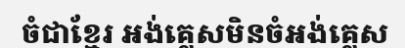
ចំជាខ្មែរ អង់គ្លេសមិនចំអង់គ្លេស